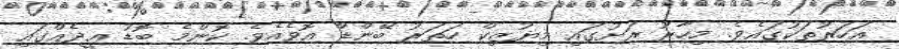
އަހަރުތަކުގައެވެ. މިހާރު ރަށުގައި މިޔުޒިކް ހަތަރު ބޭންޑް އޮވެއެވެ. ކޮންމެ ބޮޑު ޢީދެއްގައި